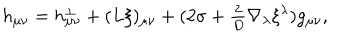
h _ { \mu \nu } = h _ { \mu \nu } ^ { \perp } + ( L \xi ) _ { \mu \nu } + ( 2 \sigma + { \textstyle { \frac { 2 } { D } } } \nabla _ { \lambda } \xi ^ { \lambda } ) g _ { \mu \nu } ,